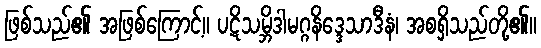
ဖြစ်သည်၏ အဖြစ်ကြောင့်။ ပဋိသမ္ဘိဒါမဂ္ဂနိဒ္ဒေသာဒီနံ၊ အစရှိသည်တို့၏။